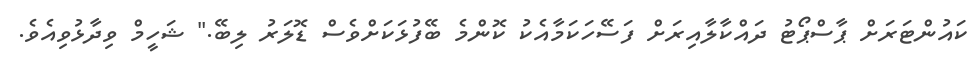
ކައުންޓަރަށް ޕާސްޕޯޓު ދައްކާލާއިރަށް ފަސޭހަކަމާއެކު ކޮންމެ ބޭފުޅަކަށްވެސް ޑޮލަރު ލިބޭ." ޝަހީމް ވިދާޅުވިއެވެ.